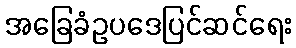
အခြေခံဥပဒေပြင်ဆင်ရေး